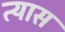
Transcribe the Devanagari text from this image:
त्‍यास